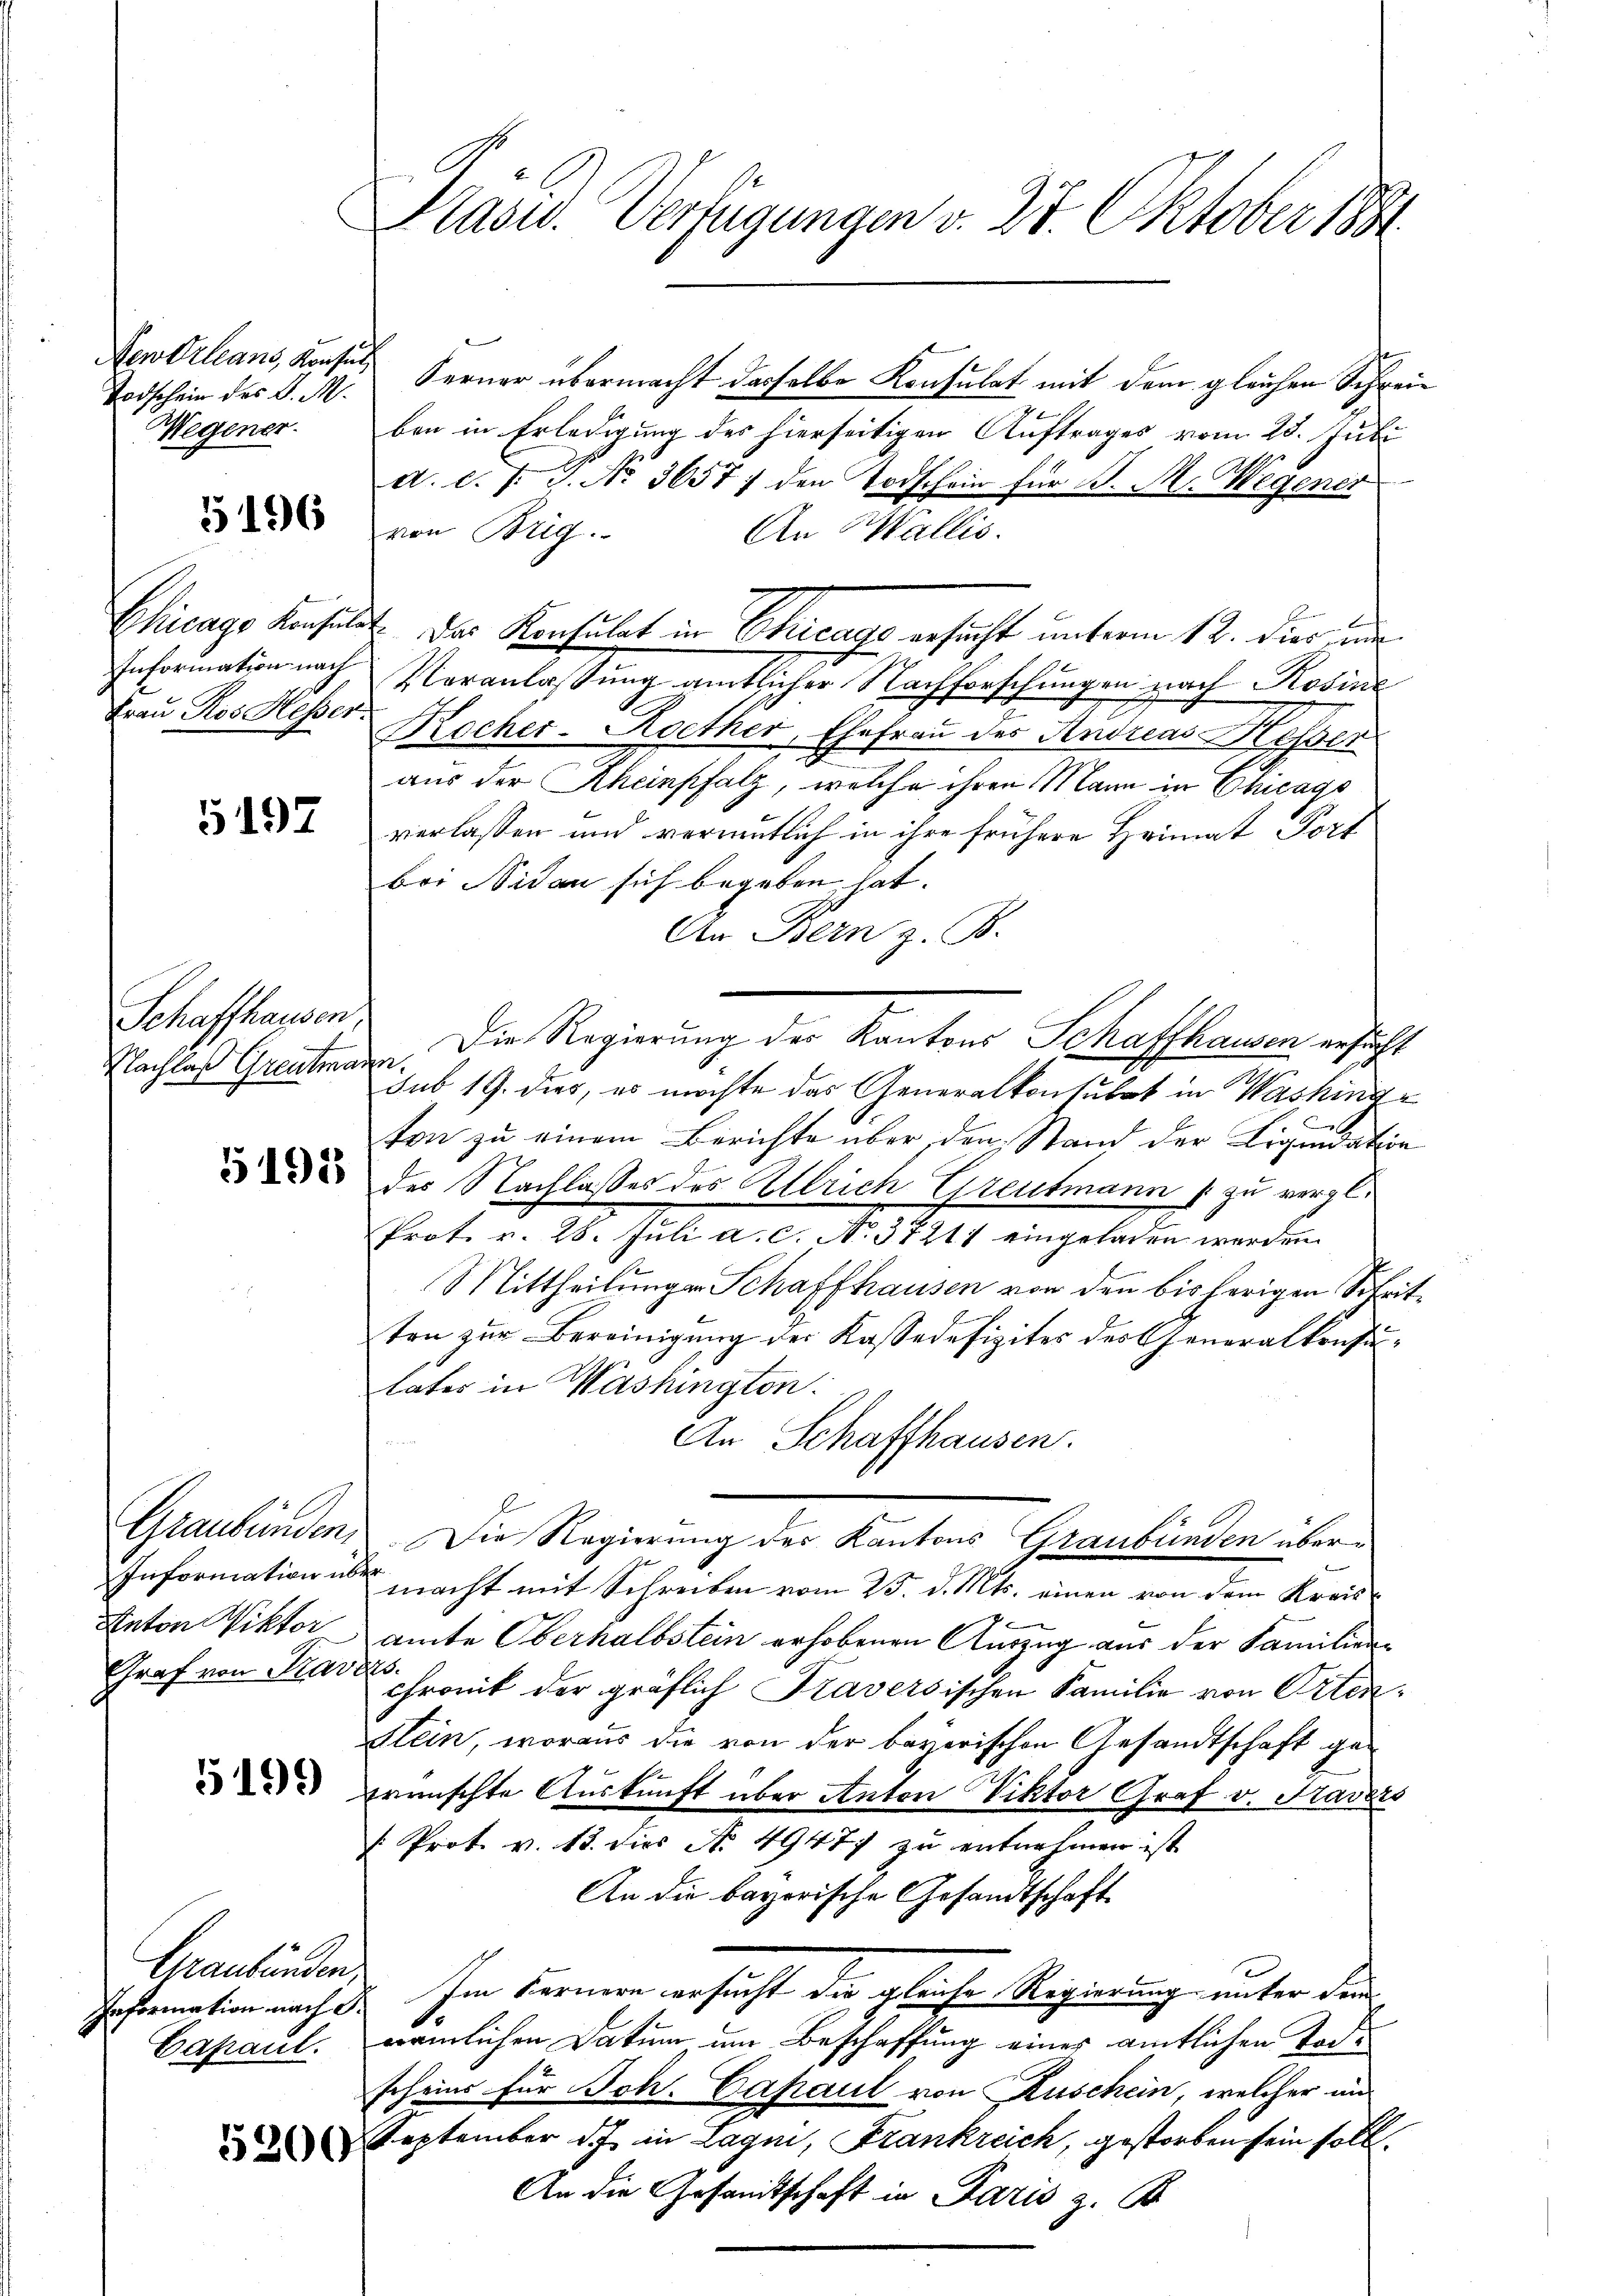
Todschein des C. M.
Wegener.

5196

Frau Ros. Hesser

5197

Schaffhausen,
Nachlaß Greutmann.

Anton Viktor
Graf von Kavers.

Information nach Pr

5191

5199

Kasw. Verfügungen v. 27. Oktober 1881.

Newdrleans, Konsul Ferner übermacht dasselbe Konsulat mit dem gleichen Schreiben in Erledigung des hierseitigen Auftrages vom 28. Juli
d. d. J. J. No. 36577 den Todschein für B. M. Wegener
von Brig.
An Wallis.
Information nach Veranlassung amtlicher Nachforschungen nach Rosine
Rocher-Roether, Ehefrau des Andreas Hesser
aus der Rheinpfalz, welche ihren Mann in Chicago
verlassen und vermutlich in ihre frühere Heimat Torf
bei Nidau sich begeben hat.
An Bern z. B.
Die Regierung der Kantons Schaffhausen, er sicht
sub 19. dies, es möchte das Generalkonsulat in Washing
x
ton zu einem Berichte über den Stand der Liquidation
der Nachlasses des Allrich Greutmann zu vergl.
Prot. v. 28. Juli a. c. No. 37211 eingeladen werden.
Mittheilungen Schaffhausen von den bisherigen Schritten zur Bereinigung der Kassadefizites des Generalkonsulates in Washington.
An Schaffhausen.
Graubünden. Die Regierung des Kantons Graubünden über¬
Information über macht mit Schreiben vom 25. d. Mts. einen von dem Kreisamte Oberhalbstein erhobenen Auszug aus der Familienchromit der gräflich Traversischen Familie von Orten¬
Klein, woraus die von der barerischen Gesandtschaft gewünschte Auskunft über Anton Viktor Graf v. Kavers
/: Prot. v. 18. dies No 4947 zu entnehmen ist
An die bayorische Gesandtschaft
Mantenden in Formen versucht der gleiche Regierung unter den
Capaul, nämlichen Datum um Beschaffung einer amtlichen Todscheins für Joh. Capaul von Kuschein, welcher an
 September d. J. in Lagni, Frankreich, gestorben sein soll.
An die Gesandtschaft in Paris z. B.

Chicago konsulat. Der Konsulat in Chicage ersucht unterm 12. dies und